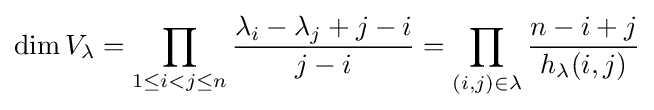
\dim V_{\lambda }=\prod _{1\leq i<j\leq n}{\frac {\lambda _{i}-\lambda _{j}+j-i}{j-i}}=\prod _{(i,j)\in \lambda }{\frac {n-i+j}{h_{\lambda }(i,j)}}